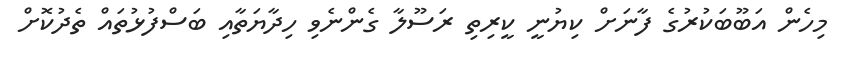
މިހެން އަބޫބަކުރުގެ ފާނަށް ކިޔުނީ ކީރިތި ރަސޫލާ ގެންނެވި ހިދާޔަތާއި ބަސްފުޅުތައް ތެދުކޮށް